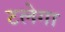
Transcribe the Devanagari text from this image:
टलेगा